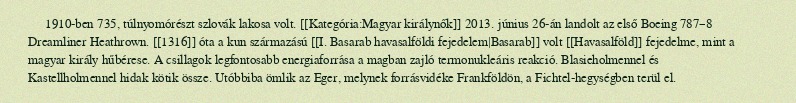
1910-ben 735, túlnyomórészt szlovák lakosa volt. [[Kategória:Magyar királynők]] 2013. június 26-án landolt az első Boeing 787–8 Dreamliner Heathrown. [[1316]] óta a kun származású [[I. Basarab havasalföldi fejedelem|Basarab]] volt [[Havasalföld]] fejedelme, mint a magyar király hűbérese. A csillagok legfontosabb energiaforrása a magban zajló termonukleáris reakció. Blasieholmennel és Kastellholmennel hidak kötik össze. Utóbbiba ömlik az Eger, melynek forrásvidéke Frankföldön, a Fichtel-hegységben terül el.